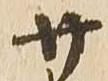
廿